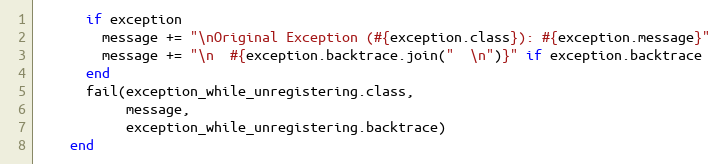
Language: Ruby
      if exception
        message += "\nOriginal Exception (#{exception.class}): #{exception.message}"
        message += "\n  #{exception.backtrace.join("  \n")}" if exception.backtrace
      end
      fail(exception_while_unregistering.class,
           message,
           exception_while_unregistering.backtrace)
    end